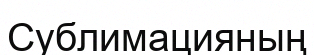
Сублимацияның